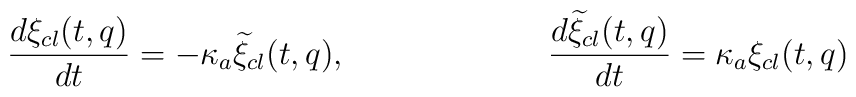
\frac{d\xi_{cl}(t,q)}{dt} = -\kappa_a{\widetilde \xi}_{cl}(t,q),\hspace{1.0in}\frac{d{\widetilde \xi}_{cl}(t,q)}{dt} = \kappa_a\xi_{cl}(t,q)